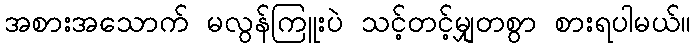
အစားအသောက် မလွန်ကြူးပဲ သင့်တင့်မျှတစွာ စားရပါမယ်။